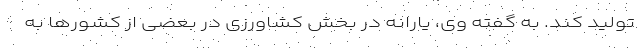
تولید کند‌. به گفته وی، یارانه در بخش کشاورزی در بعضی از کشورها به